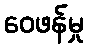
ဝေဖန်မှု